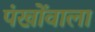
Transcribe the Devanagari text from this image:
पंखोंवाला